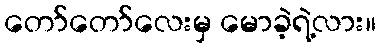
တော်တော်လေးမှ မောခဲ့ရဲ့လား။